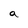
Character: a